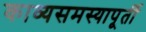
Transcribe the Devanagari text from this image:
काव्यसमस्यापूर्ती